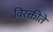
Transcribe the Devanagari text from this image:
विरक्तीते